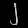
Digit: ၂